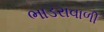
ભાડરાવાળી